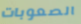
الصعوبات